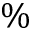
\%